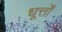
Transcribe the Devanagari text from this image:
धूर्त्तों